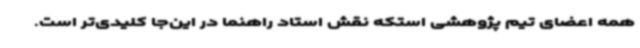
همه اعضای تیم پژوهشی استکه نقش استاد راهنما در این‌جا کلیدی‌تر است.